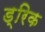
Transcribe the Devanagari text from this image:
ड्रिक